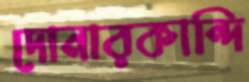
দোনারকান্দি